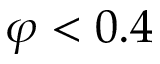
\varphi < 0 . 4